Report of an investigation in regard to the prevalence of stegomyia and other mosquitoes in Karachi, and the measures necessary for their control
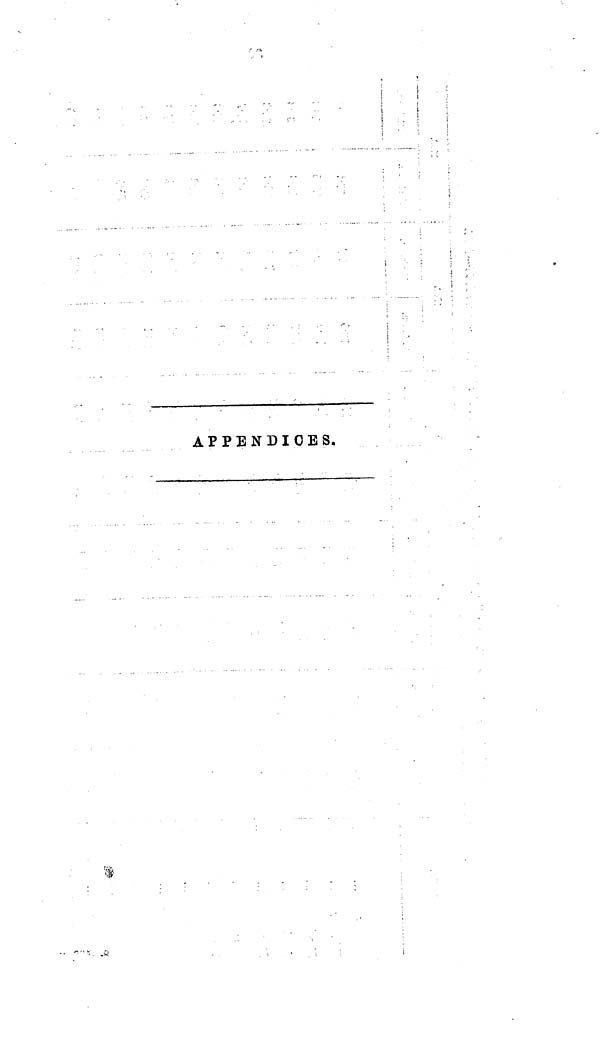
APPENDICES.